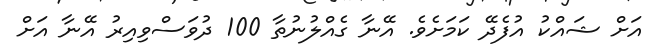
އަށް ޝައްކު އުފެދޭ ކަމަށެވެ. އޭނާ ގެއްލުނުތާ 100 ދުވަސްވިއިރު އޭނާ އަށް